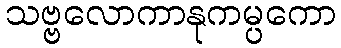
သဗ္ဗလောကာနုကမ္ပကော